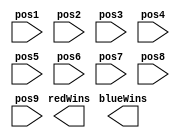
/*
--------------------------------------------------------------------------------
--
--   FileName:         gamelogic.v
--   Dependencies:     none
--   Design Software:  Quartus Prime Standard Edition
--
--   HDL CODE IS PROVIDED "AS IS."
--
--   Version History
--   Version 1.0 27.10.17 Kevin Pintong
--     Initial Public Release
--
--------------------------------------------------------------------------------
*/
module winner(
input [2:0] pos1,
input [2:0] pos2,
input [2:0] pos3,
input [2:0] pos4,
input [2:0] pos5,
input [2:0] pos6,
input [2:0] pos7,
input [2:0] pos8,
input [2:0] pos9,
output redWins,
output blueWins
);



//Student writes winner logic 


endmodule